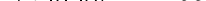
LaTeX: \smash{1/v_{\mathrm{~b~e~n~d~}}\approx 1200}